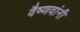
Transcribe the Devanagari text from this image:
वैष्णवांनी